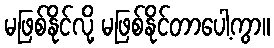
မဖြစ်နိုင်လို့ မဖြစ်နိုင်တာပေါ့ကွာ။